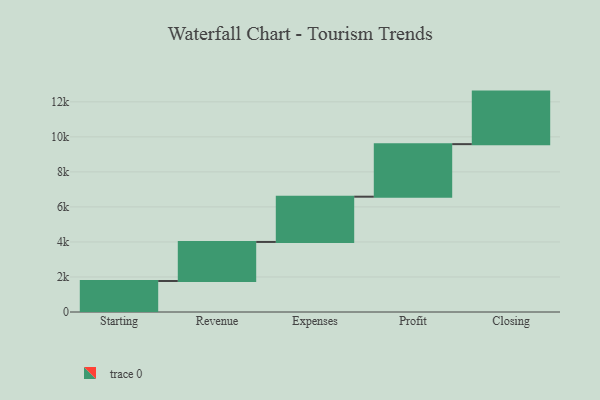
{"axis": {"x": "Step", "y": "Value"}, "legend": [""], "data": [{"x": "Starting", "y": 1770.0, "type": ""}, {"x": "Revenue", "y": 2230.0, "type": ""}, {"x": "Expenses", "y": 2584.0, "type": ""}, {"x": "Profit", "y": 3000, "type": ""}, {"x": "Closing", "y": 3000, "type": ""}]}